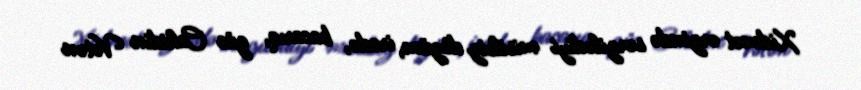
Xidmət ərzində sərgilədiyi misilsiz dözüm, iradə, bacarıq, güc Cahidin Vətən